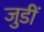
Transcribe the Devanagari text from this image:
जुडीं